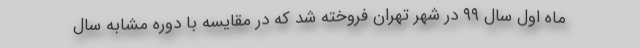
ماه اول سال ۹۹ در شهر تهران فروخته شد که در مقایسه با دوره مشابه سال